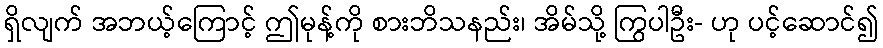
ရှိလျက် အဘယ့်ကြောင့် ဤမုန့်ကို စားဘိသနည်း၊ အိမ်သို့ ကြွပါဦး- ဟု ပင့်ဆောင်၍